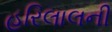
હરિલાલની